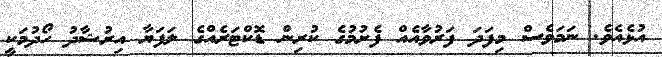
އުޅެއެވެ. ނަމަވެސް މިފަދަ ފަރުވާއެއް ފެށުމުގެ ކުރިން ޑޮކްޓަރެއްގެ ލަފަޔާ އިރުޝާދު ހޯދުމަކީ